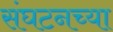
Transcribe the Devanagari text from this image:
संघटनच्या